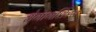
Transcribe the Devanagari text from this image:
भेगागशिश्न